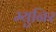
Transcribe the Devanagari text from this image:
म्युनिर